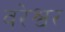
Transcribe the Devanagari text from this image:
वरेश्वर